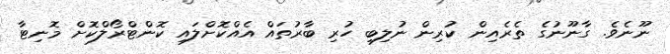
ނޫނެވެ. ގާނޫނުގެ ތެރެއިން ކުރިން ނުލިބި ހުރި ބާރުތައް އެއްކޮށްލައި ކޮންޓްރޯލްކޮށް މޮނިޓާ